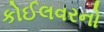
કોઈલવરનો